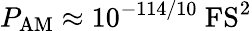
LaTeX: P_{\mathrm{AM}}\approx 10^{-114/10}~\mathrm{FS^{2}}